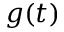
g ( t )